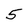
Character: 5